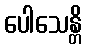
ပေါသေန္တိ